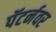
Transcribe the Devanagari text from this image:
पॅटर्नवर